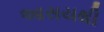
આસયથી